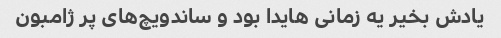
یادش بخیر یه زمانی هایدا بود و ساندویچ‌های پر ژامبون